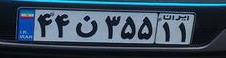
۴۴ن۳۵۵۱۱